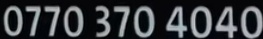
0770 370 4040